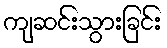
ကျဆင်းသွားခြင်း